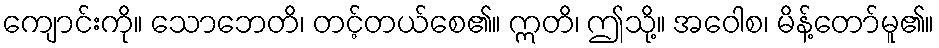
ကျောင်းကို။ သောဘေတိ၊ တင့်တယ်စေ၏။ ဣတိ၊ ဤသို့။ အဝေါစ၊ မိန့်တော်မူ၏။